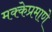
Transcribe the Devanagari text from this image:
मक्केप्रमाणे